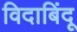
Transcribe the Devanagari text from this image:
विदाबिंदू